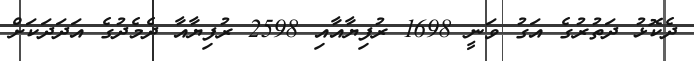
ދެކޮޅު ދަތުރުގެ އަގު ވަނީ 1698 ރުފިޔާއާއި 2598 ރުފިޔާއާ ދެމެދުގެ އަދަދަކަށް